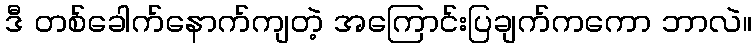
ဒီ တစ်ခေါက်နောက်ကျတဲ့ အကြောင်းပြချက်ကကော ဘာလဲ။